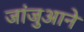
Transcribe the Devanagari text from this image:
जांजुआने